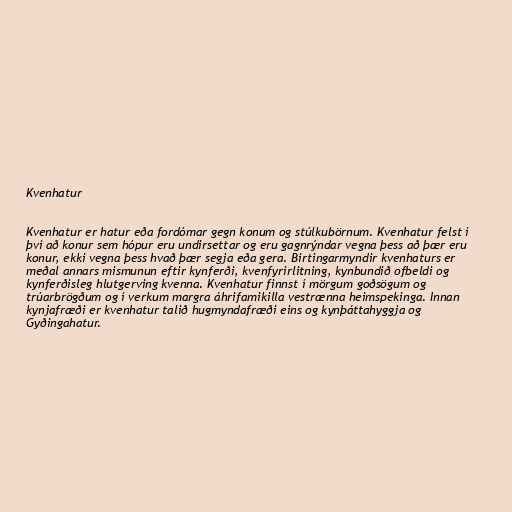
Kvenhatur

Kvenhatur er hatur eða fordómar gegn konum og stúlkubörnum. Kvenhatur felst í
því að konur sem hópur eru undirsettar og eru gagnrýndar vegna þess að þær eru
konur, ekki vegna þess hvað þær segja eða gera. Birtingarmyndir kvenhaturs er
meðal annars mismunun eftir kynferði, kvenfyrirlitning, kynbundið ofbeldi og
kynferðisleg hlutgerving kvenna. Kvenhatur finnst í mörgum goðsögum og
trúarbrögðum og í verkum margra áhrifamikilla vestrænna heimspekinga. Innan
kynjafræði er kvenhatur talið hugmyndafræði eins og kynþáttahyggja og
Gyðingahatur.